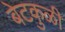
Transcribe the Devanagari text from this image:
बेटकुळी